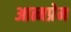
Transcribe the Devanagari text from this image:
आत्मप्रेम